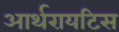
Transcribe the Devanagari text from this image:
आर्थरायटिस